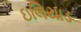
ઇલિયાડ